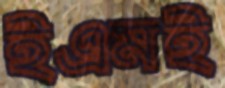
ইএমই